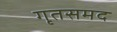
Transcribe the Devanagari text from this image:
गृतसमद